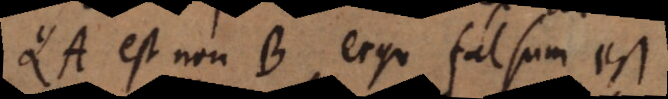
QA est non B, ergo falsum est